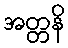
အတ္တနိ